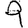
Digit: 9